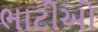
ભાટીઓ